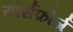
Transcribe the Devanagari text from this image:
सोर्सफ़ोर्ज